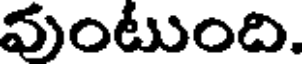
వుంటుంది.